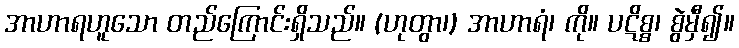
အာဟာရဟူသော တည်ကြောင်းရှိသည်။ (ဟုတွာ၊) အာဟာရံ၊ ကို။ ပဋိစ္စ၊ စွဲမှီ၍။